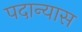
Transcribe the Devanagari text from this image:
पदान्यास